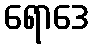
ရောဒေ